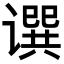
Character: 𬤥